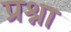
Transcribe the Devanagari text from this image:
प्रश्ना